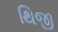
થિજી